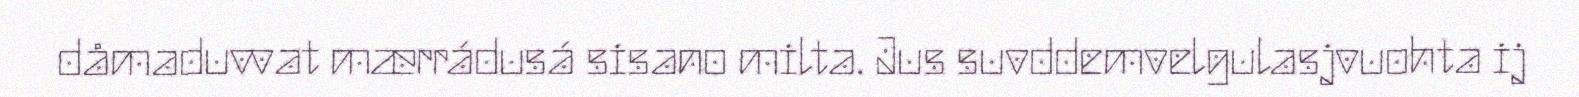
dåmaduvvat mærrádusá sisano milta. Jus suvddemvelgulasjvuohta ij